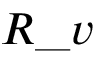
R \_ v